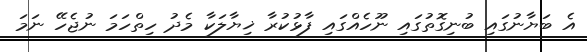
އެ ބަޔާނުގައި ބުނިގޮތުގައި ނޫހެއްގައި ފާޅުކުރާ ޚިޔާލަކާ މެދު ހިތްހަމަ ނުޖެހޭ ނަމަ